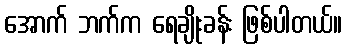
အောက် ဘက်က ရေချိုးခန်း ဖြစ်ပါတယ်။